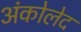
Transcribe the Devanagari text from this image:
अंकोलेद